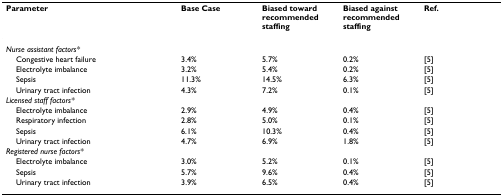
| Parameter | Base Case | Biased toward recommended staffing | Biased against recommended staffing | Ref. |
 | --- | --- | --- | --- | --- |
 | Nurse assistant factors* |  |  |  |  |
 | Congestive heart failure | 3.4% | 5.7% | 0.2% | [5] |
 | Electrolyte imbalance | 3.2% | 5.4% | 0.2% | [5] |
 | Sepsis | 11.3% | 14.5% | 6.3% | [5] |
 | Urinary tract infection | 4.3% | 7.2% | 0.1% | [5] |
 | Licensed staff factors* |  |  |  |  |
 | Electrolyte imbalance | 2.9% | 4.9% | 0.4% | [5] |
 | Respiratory infection | 2.8% | 5.0% | 0.1% | [5] |
 | Sepsis | 6.1% | 10.3% | 0.4% | [5] |
 | Urinary tract infection | 4.7% | 6.9% | 1.8% | [5] |
 | Registered nurse factors* |  |  |  |  |
 | Electrolyte imbalance | 3.0% | 5.2% | 0.1% | [5] |
 | Sepsis | 5.7% | 9.6% | 0.4% | [5] |
 | Urinary tract infection | 3.9% | 6.5% | 0.4% | [5] |